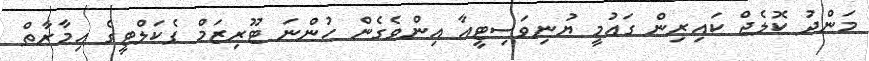
މަންދު ކޮލެޖް ކައިރިން ގައުމީ ޔުނިވަސިޓީއާ އިންވެގެން ހުންނަ ޓޫރިޒަމް ފެކަލްޓީގެ އިމާރާތް